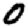
Digit: 0